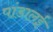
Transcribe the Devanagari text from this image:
पांडालई